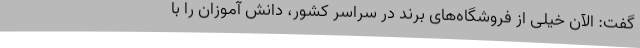
گفت: الآن خیلی از فروشگاه‌های برند در سراسر کشور، دانش آموزان را با